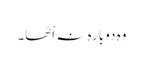
وہ دوبارہ نہ اْٹھا۔